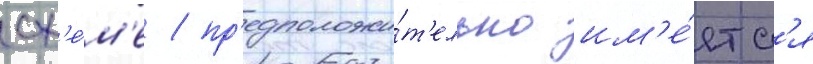
сх'е́м'е / пр'едположи́т'ельно им'е́етс'я